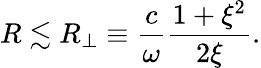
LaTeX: R\lesssim R_{\bot}\equiv\frac{c}{\omega}\frac{1+\xi^{2}}{2\xi}.